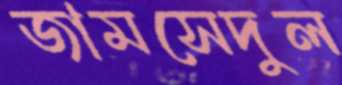
জামসেদুল